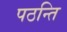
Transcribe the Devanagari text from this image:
पठन्ति